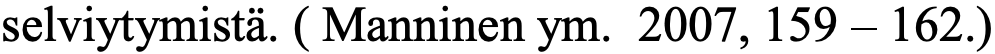
selviytymistä. ( Manninen ym. 2007, 159 – 162.)